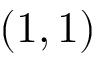
( 1 , 1 )